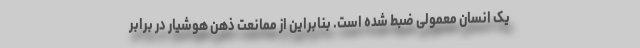
یک انسان معمولی ضبط شده است. بنابراین از ممانعت ذهن هوشیار در برابر